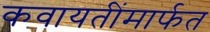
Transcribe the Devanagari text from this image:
कवायतींमार्फत